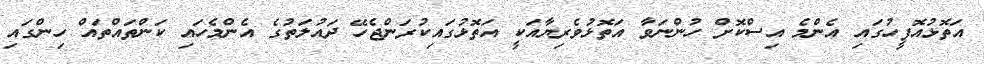
އަތޮޅުއޮފީހުގައި އެންމެ އިސްކޮށް ހުންނަވާ އަތޮޅުވެރިޔާއަކީ އަތޮޅުގައިކުރަންޖެހޭ ދައުލަތުގެ އެންމެހައި ކަންތައްތައް ހިންގައި